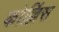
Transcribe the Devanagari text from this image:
कोल्लिंस